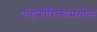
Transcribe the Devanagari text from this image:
पॉडगोरिकामधील